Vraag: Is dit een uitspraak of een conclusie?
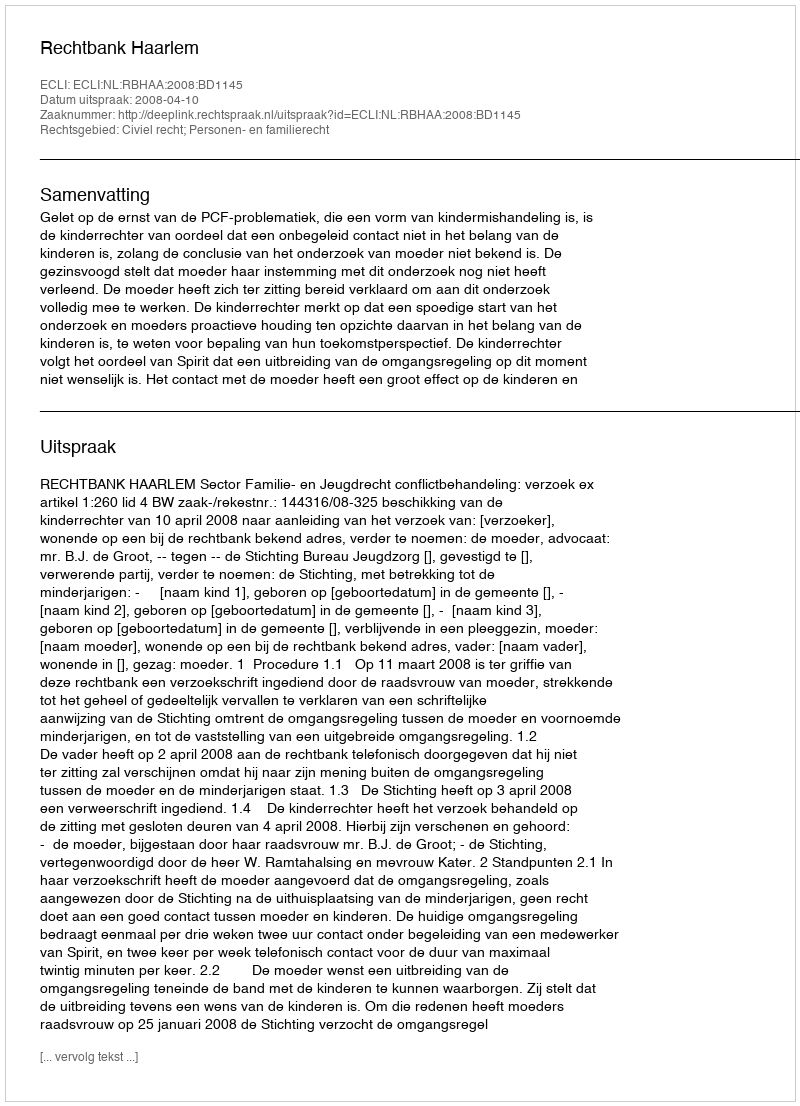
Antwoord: Uitspraak